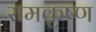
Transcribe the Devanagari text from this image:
रामकृष्‍ण